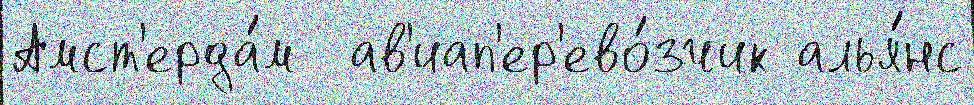
Амст'ерда́м  ав'иап'ер'ево́зчик алья́нс